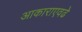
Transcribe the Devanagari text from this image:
आकाराएवढे